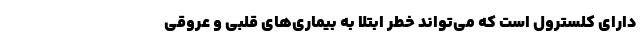
دارای کلسترول است که می‌تواند خطر ابتلا به بیماری‌های قلبی و عروقی